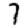
Digit: 7